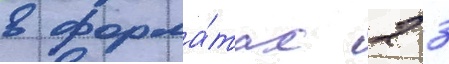
в форма́тах 2 3